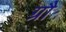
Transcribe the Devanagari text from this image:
ग्रौ